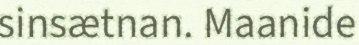
sinsætnan. Maanide